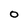
Character: 0